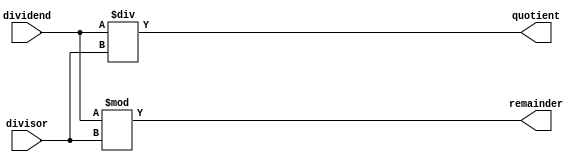
module AsynchronousDivider (
  input wire [31:0] dividend,
  input wire [31:0] divisor,
  output reg [31:0] quotient,
  output reg [31:0] remainder
);

always @(*) begin
  quotient = dividend / divisor;
  remainder = dividend % divisor;
end

endmodule